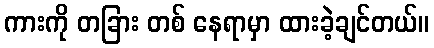
ကားကို တခြား တစ် နေရာမှာ ထားခဲ့ချင်တယ်။